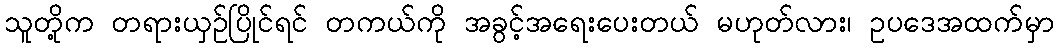
သူတို့က တရားယှဉ်ပြိုင်ရင် တကယ်ကို အခွင့်အရေးပေးတယ် မဟုတ်လား၊ ဥပဒေအထက်မှာ